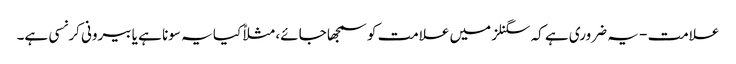
علامت - یہ ضروری ہے کہ سگنلز میں علامت کو سمجھا جائے، مثلاً کیا یہ سونا ہے یا بیرونی کرنسی ہے۔